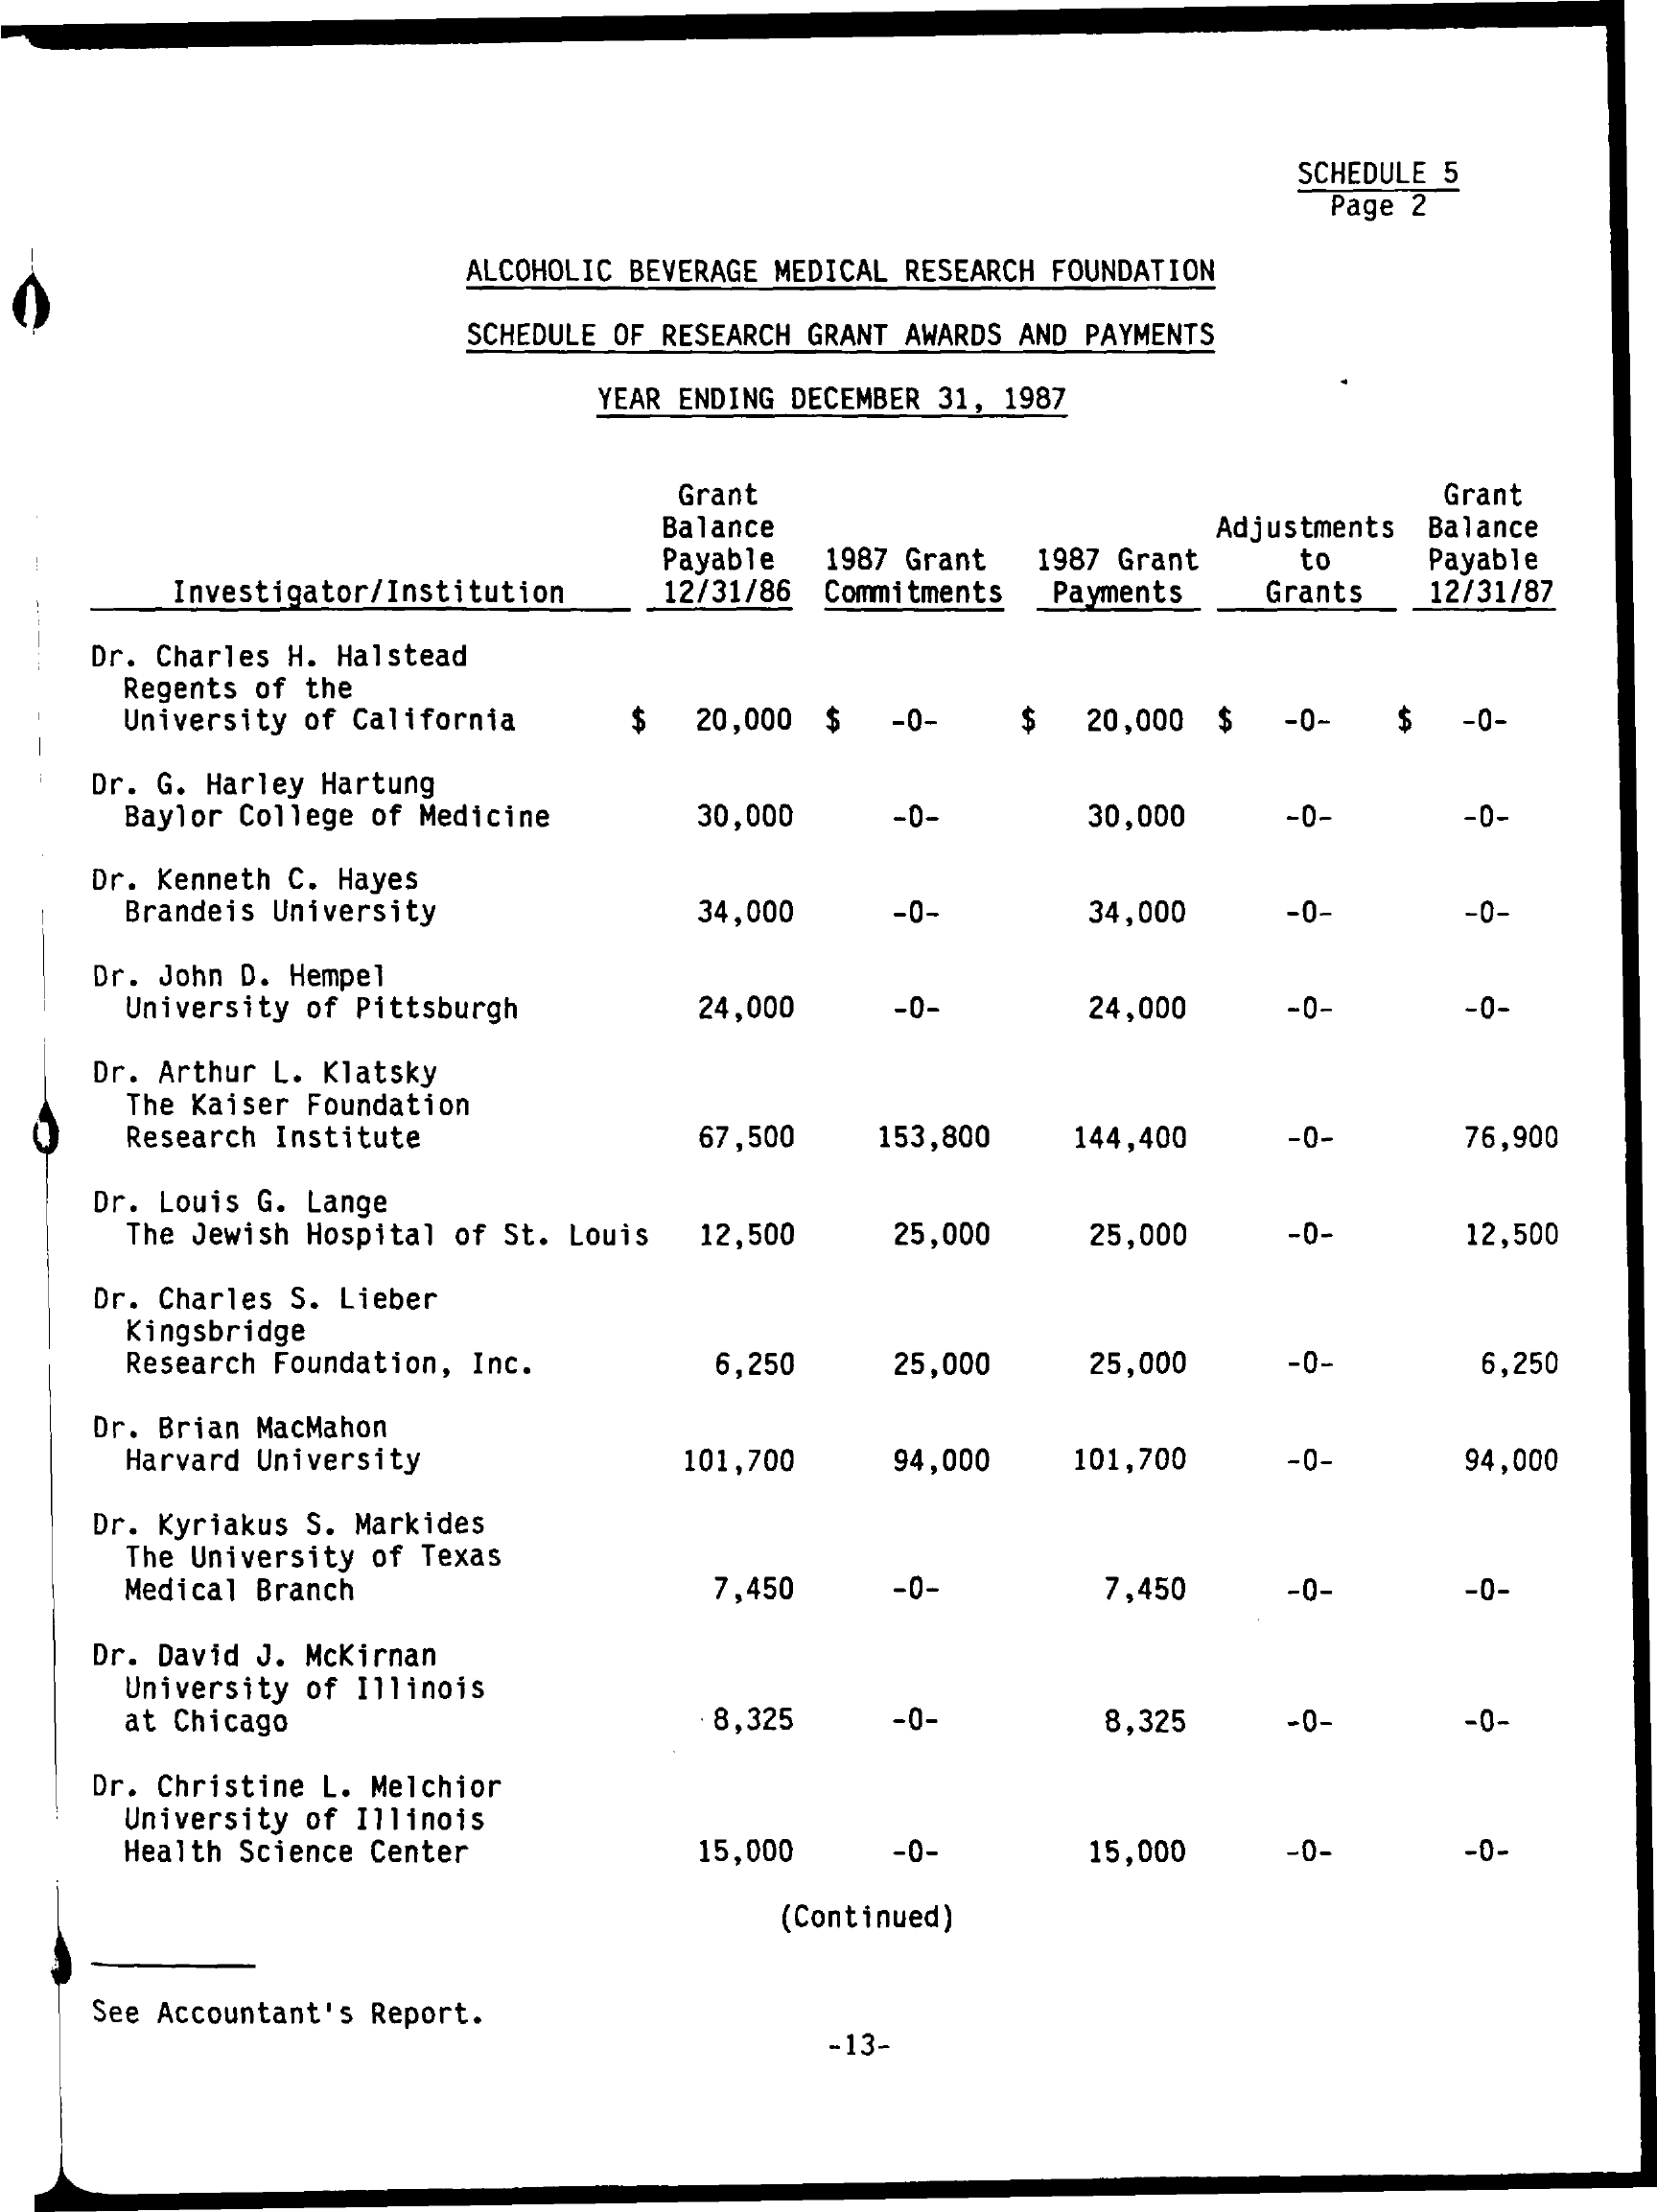
SCHEDULE 5
     Page 2
     ALCOHOLIC BEVERAGE MEDICAL RESEARCH FOUNDATION
     SCHEDULE OF RESEARCH GRANT AWARDS AND PAYMENTS
     YEAR ENDING DECEMBER 31, 1987
     Grant    Grant
     Balance
     Payable 1987 Grant 1987 Grant
     Adjustments Balance
     Investigator/Institution 12/31/86
     to   Payable
     Commitments Payments Grants 12/31/87
    Dr. Charles H. Halstead
     Regents of the
     University of California $ 20,000 $ -0- $ 20,000 $ -0- $ -0-
    Dr. G. Harley Hartung
     Baylor College of Medicine 30,000 -0- 30,000 -0-  -0-
    Dr. Kenneth C. Hayes
     Brandeis University   34,000 -0-    34,000  -0-    -0-
    Dr. John D. Hempel
     University of Pittsburgh 24,000 -0- 24,000  -0-   -0-
    Dr. Arthur L. Klatsky
     The Kaiser Foundation
     Research Institute    67,500 153,800 144,400 -0-  76,900
    Dr. Louis G. Lange
     The Jewish Hospital of St. Louis 12,500 25,000 25,000 -0- 12,500
    Dr. Charles S. Lieber
     Kingsbridge
     Research Foundation, Inc. 6,250 25,000 25,000 -0-  6,250
    Dr. Brian MacMahon
     Harvard University   101,700 94,000 101,700 -0-   94,000
    Dr. Kyriakus S. Markides
     The University of Texas
     Medical Branch    7,450  -0-    7,450  -0-    -0-
    Dr. David J. McKirnan
     University of Illinois
     at Chicago    8,325  -0-    8,325  -0-    -0-
    Dr. Christine L. Melchior
     University of Illinois
     Health Science Center 15,000 -0-    15,000  -0-    -0-
     (Continued)
    See Accountant's Report.
     -13-